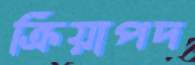
ক্রিয়াপদ